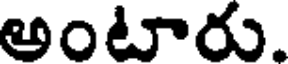
అంటారు.